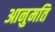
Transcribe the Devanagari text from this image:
आनुमति